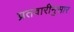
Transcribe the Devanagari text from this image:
प्रतवारीनुसार